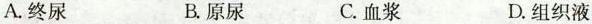
A.终尿 B.原尿 C.血浆 D.组织液